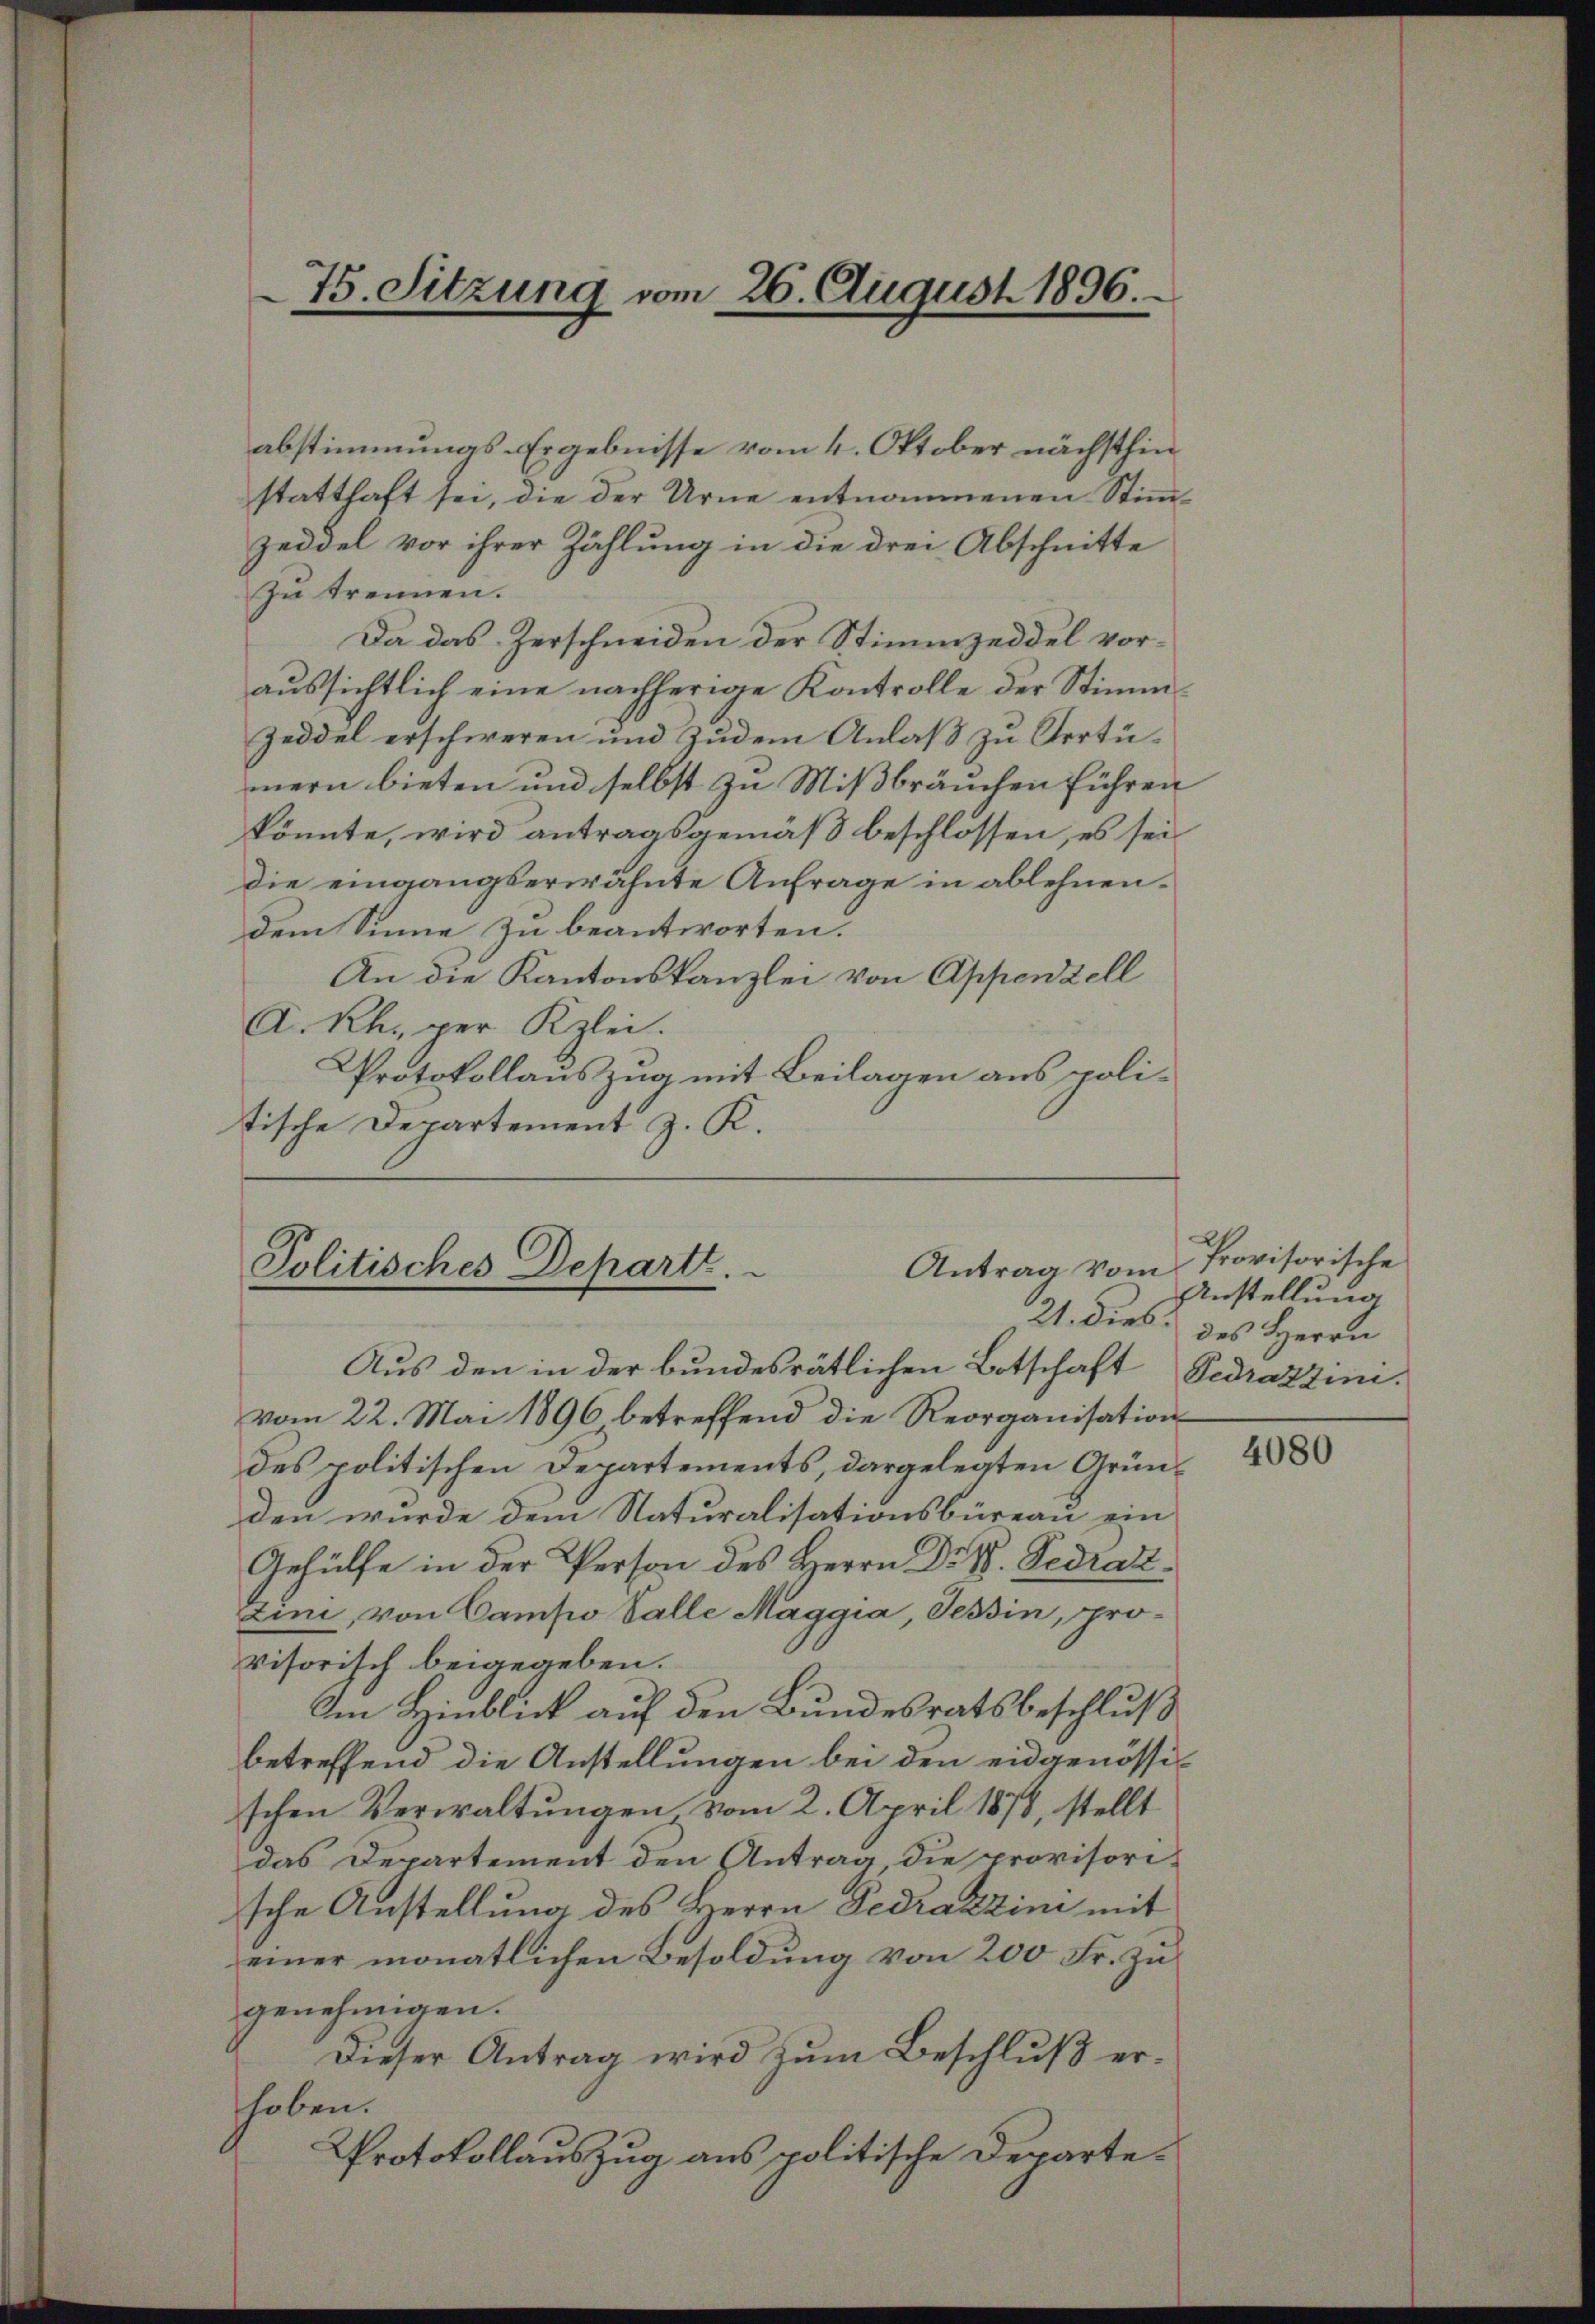
75. Sitzung vom 26. August 1896.

abstimmungs-Ergebnisse vom 4. Oktober nächsthin
statthaft sei, die der Urne entnommenen Stimmzeddel vor ihrer Zählung in die drei Abschnitte
zu trennen.
Da das Zerschneiden der Stimmzeddel voraussichtlich eine nachherige Kontrolle der Stimm¬
Zeddel erschweren und Zudem Anlaß zu Vertümern bieten und selbst zu Mißbräuchen führen
könnte, wird antragsgemäß beschlossen, es sei
die eingangserwähnte Anfrage in ablehnen.
dem Sinne zu beantworten.
An die Kantonskanzlei von Appenzell
A.Rh. der Klei.
Protokollauszug mit Beilagen aus politische Departement z. K.

Politisches Departe.
Antrag vom

Provisorische
Anstellung
21. dies des Herrn

Aus den in der bundesrätlichen Botschaft Pedrazzini
vom 22. Mai 1896 betreffend die Reorganisation
des politischen Departements, dargelegten Gründen wurde dem Naturalisationsbüreau ein
Gehülfe in der Person des Herrn Dr. P. Pedrat
Zini, von Campo Valle Maggia, Tessin, provisorisch beigegeben.
Im Hinblick auf den Bundesratsbeschluß
betreffend die Anstellungen bei den eidgenössischen Verwaltungen vom 2. April 1878, stellt
das Departement den Antrag, die provisorische Anstellung des Herrn Gedrazzini mit
einer monatlichen Besoldung von 200 Fr. Zugenehmigen.
Dieser Antrag wird zum Beschluß erhoben.
Protokollauszug aus politische Departe¬

4080